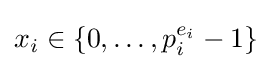
x_{i}\in \{0,\dots ,p_{i}^{e_{i}}-1\}